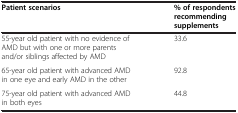
<table><thead><tr><td><b>Patient scenarios</b></td><td><b>% of respondents recommending supplements</b></td></tr></thead><tbody><tr><td>55-year old patient with no evidence of AMD but with one or more parents and/or siblings affected by AMD</td><td>33.6</td></tr><tr><td>65-year old patient with advanced AMD in one eye and early AMD in the other</td><td>92.8</td></tr><tr><td>75-year old patient with advanced AMD in both eyes</td><td>44.8</td></tr></tbody></table>